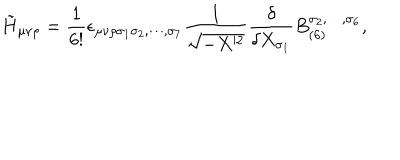
\tilde { H } _ { \mu \nu \rho } = \frac { 1 } { 6 ! } \epsilon _ { \mu \nu \rho \sigma _ { 1 } \sigma _ { 2 } , \cdots , \sigma _ { 7 } } \frac { 1 } { \sqrt { - X ^ { 2 } } } \frac { \delta } { \delta X _ { \sigma _ { 1 } } } B _ { ( 6 ) } ^ { \sigma _ { 2 } , \cdots , \sigma _ { 6 } } ,